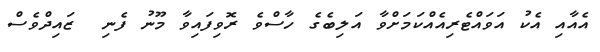
އެއާއި އެކު އަވައްޓެރިއެއްކަމަށްވާ އަލިބެގެ ހާސްވެ ރޮވިފައިވާ މޫނު ފެނި  ޒައިދްވެސް